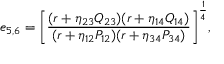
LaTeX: { e _ { 5 , 6 } = \left[ { \frac { ( r + \eta _ { 2 3 } Q _ { 2 3 } ) ( r + \eta _ { 1 4 } Q _ { 1 4 } ) } { ( r + \eta _ { 1 2 } P _ { 1 2 } ) ( r + \eta _ { 3 4 } P _ { 3 4 } ) } } \right] ^ { \frac { 1 } { 4 } } } ,